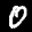
Label: 0